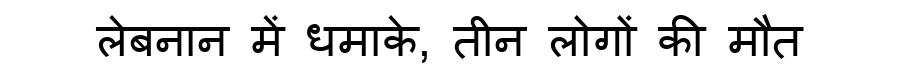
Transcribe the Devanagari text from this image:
लेबनान में धमाके, तीन लोगों की मौत